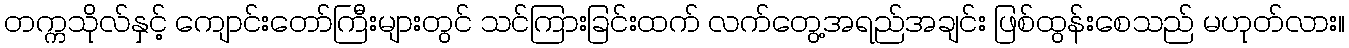
တက္ကသိုလ်နှင့် ကျောင်းတော်ကြီးများတွင် သင်ကြားခြင်းထက် လက်တွေ့အရည်အချင်း ဖြစ်ထွန်းစေသည် မဟုတ်လား။